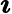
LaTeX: \boldsymbol{\imath}